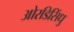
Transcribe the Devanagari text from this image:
ओरडिसिंधु